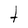
Character: t